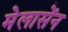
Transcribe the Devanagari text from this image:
मेलासेंन